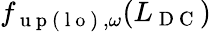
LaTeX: {f}_{\mathrm{~u~p~(~l~o~)~},\omega}(L_{\mathrm{~D~C~}})